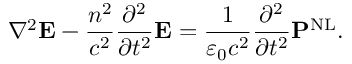
\nabla ^ { 2 } \mathbf { E } - { \frac { n ^ { 2 } } { c ^ { 2 } } } { \frac { \partial ^ { 2 } } { \partial t ^ { 2 } } } \mathbf { E } = { \frac { 1 } { \varepsilon _ { 0 } c ^ { 2 } } } { \frac { \partial ^ { 2 } } { \partial t ^ { 2 } } } \mathbf { P } ^ { \mathrm { N L } } .